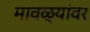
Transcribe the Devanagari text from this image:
मावळ्यांवर